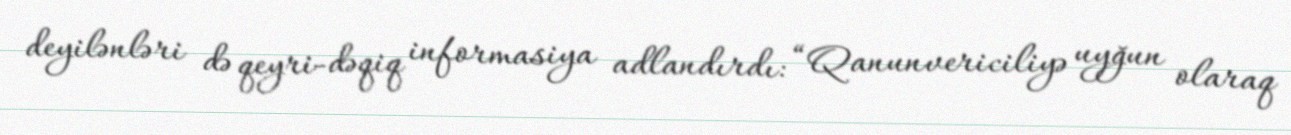
deyilənləri də qeyri-dəqiq informasiya adlandırdı: “Qanunvericiliyə uyğun olaraq